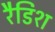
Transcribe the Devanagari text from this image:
रैडिश